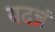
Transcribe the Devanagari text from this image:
यदन्नं